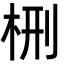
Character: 㭢